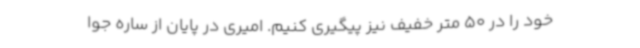
خود را در 50 متر خفیف نیز پیگیری کنیم. امیری در پایان از ساره جوا